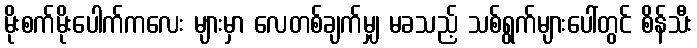
မိုးစက်မိုးပေါက်ကလေး များမှာ လေတစ်ချက်မျှ မခသည့် သစ်ရွက်များပေါ်တွင် စိန်သီး